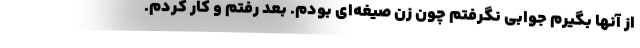
از آنها بگیرم جوابی نگرفتم چون زن صیغه‌ای بودم. بعد رفتم و کار کردم.